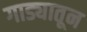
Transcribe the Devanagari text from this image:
गाड्यातून